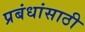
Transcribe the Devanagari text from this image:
प्रबंधांसाठी